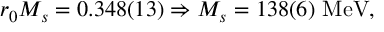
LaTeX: r _ { 0 } M _ { s } = 0 . 3 4 8 ( 1 3 ) \Rightarrow M _ { s } = 1 3 8 ( 6 ) \, \, \mathrm { M e V } ,